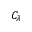
C _ { \lambda }